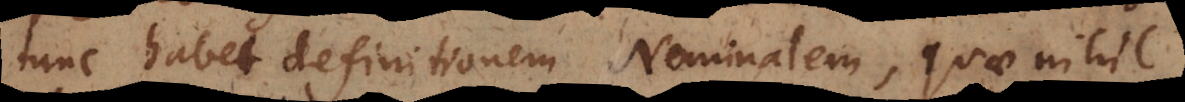
tunc habet definitionem Nominalem, quae nihil